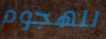
للهجوم